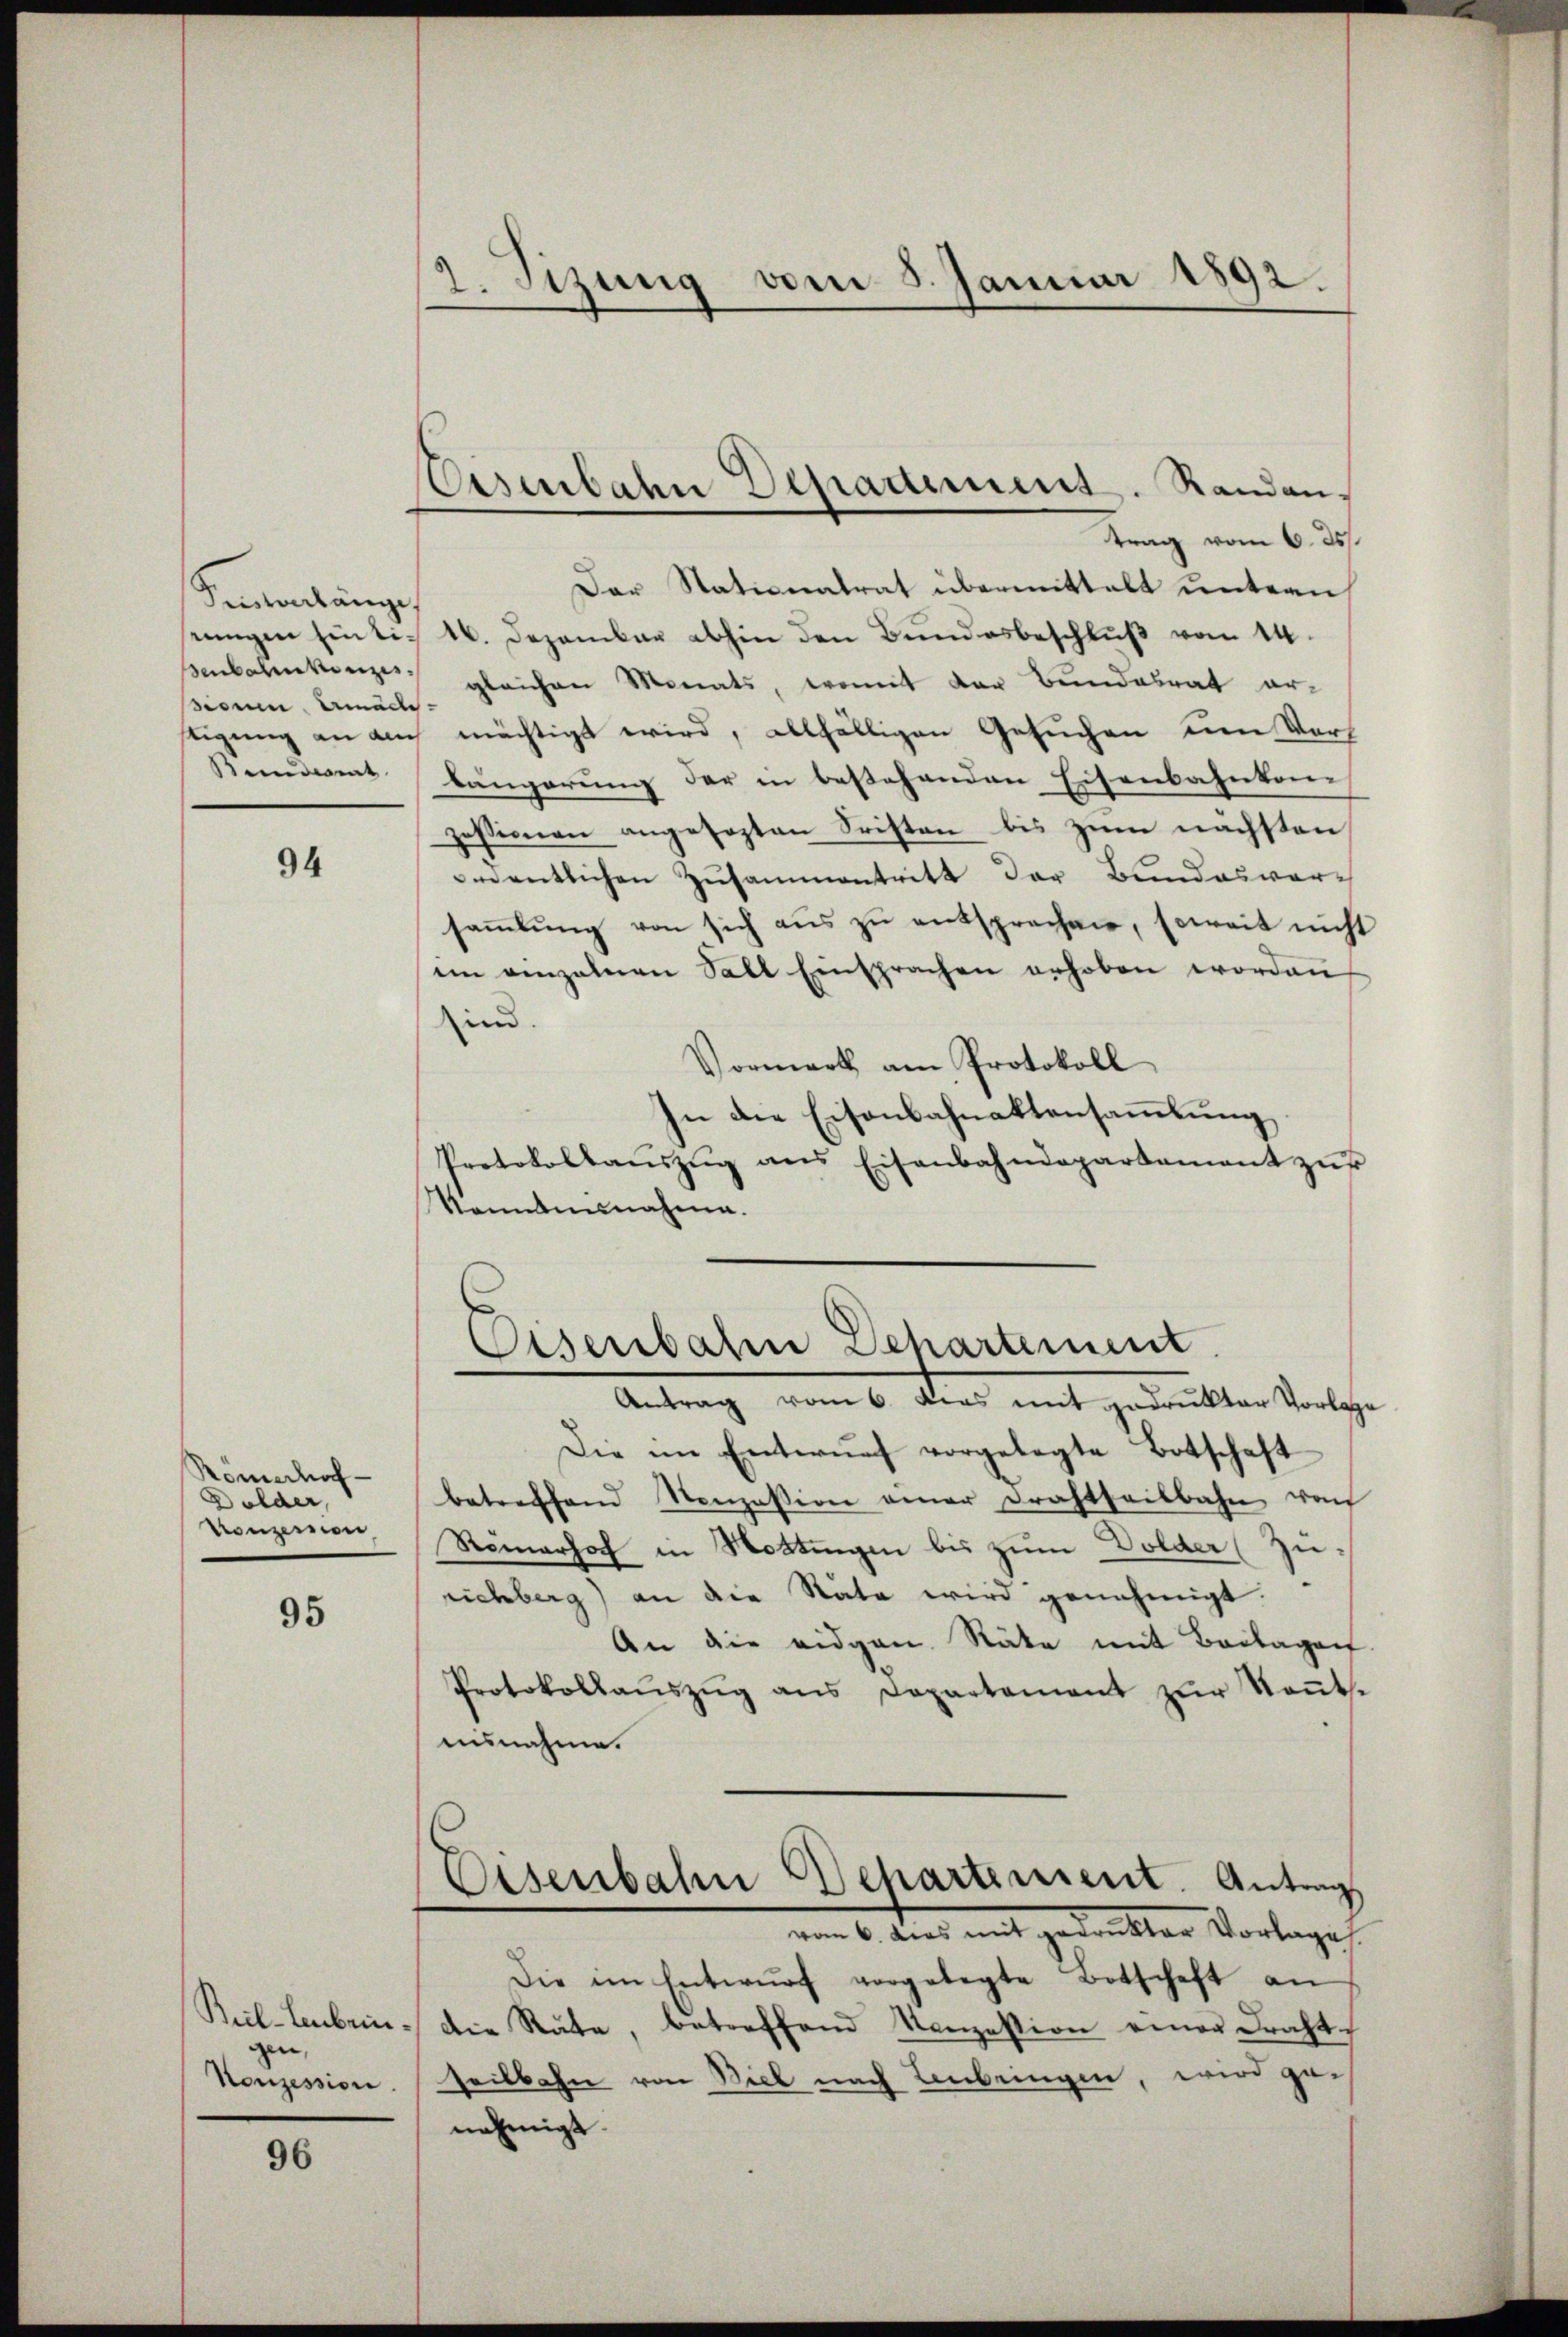
Pentenlänge
sicum ermäde
Bundent

94

Römerhof
Dolder,
Konzession

95

Buil-lenbein.
gen,
Konzession.

96

2. Sizung vom 5. Januar 1892.

Eisenbahn Departement. Randan¬

trag vom 6. 25.
Der Stationatrat übermittelt untern
seungen hintis 16. Dezember abhin den Bundesbeschluß vom 14.
Benbahnkonzes gleichen Monats, womit der Bundesrat erstigung an ain mächtigt wird, allfälligen Gesuchen um Vorh
längerung der in bestehenden Eisenbahnkonzessionen angesezten Fristen bis zum nächsten
ementlichen Zusammentritt der Bundesvorsaṁlŭng von sich aŭs zŭ entsprechen, soweit nicht
ein genzelnen Sall Einsprachen erhoben worden
in.
Vormerk am Protokoll
In die Eisenbahnaktensaṁlŭng
Protokollaŭszŭg ans Eisenbahndepartament zŭr
konntennahme.

Eisenbahn Departement

Antrag vom 6. Dies mit gedrukter Vorlage
Die im Entwŭrf vorgelegte Botschaft
betreffend Konzession einer Drahtseitbahn von
Romarhof in Hottingen bis zum Dolder (Zurichberg) an die Stäte wird genehmigt.
An die eidgen. Räte mit Beilagen.
Protokollaŭszŭg ans Departement zŭr Keṅt.
ausnahme.
Eisenbahn Departement. Antrag
vom 6. dies mit denkter Vorlagen
Die im Entwŭrf vorgelegte Botschaft an
die Räte, betreffend Konzession einer Fracht
seilbahn von Biel nach Einbringen, wird genehmigt.